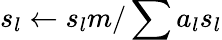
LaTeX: s_{l}\gets s_{l}m/\sum a_{l}s_{l}